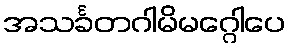
အသင်္ခတဂါမိမဂ္ဂေါပေ